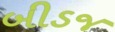
બીડજ